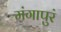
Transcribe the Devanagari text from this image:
मंगापुरं